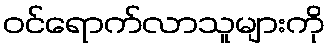
ဝင်ရောက်လာသူများကို